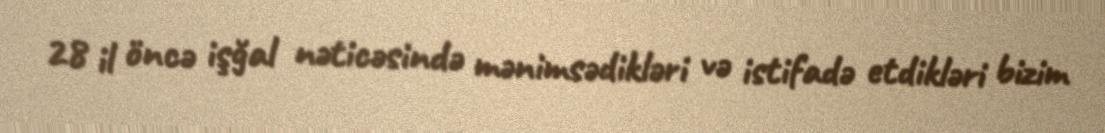
28 il öncə işğal nəticəsində mənimsədikləri və istifadə etdikləri bizim